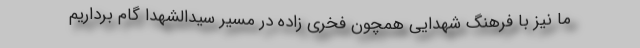
ما نیز با فرهنگ شهدایی همچون فخری زاده در مسیر سیدالشهدا گام برداریم